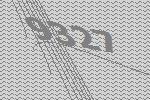
9327